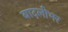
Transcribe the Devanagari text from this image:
बादलीभर